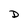
Character: D